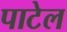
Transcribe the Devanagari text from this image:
पाटेल